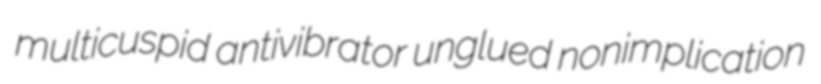
multicuspid antivibrator unglued nonimplication